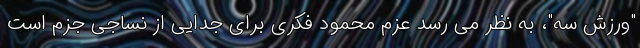
"ورزش سه"، به نظر می رسد عزم محمود فکری برای جدایی از نساجی جزم است